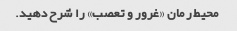
محیط رمان «غرور و تعصب» را شرح دهید.